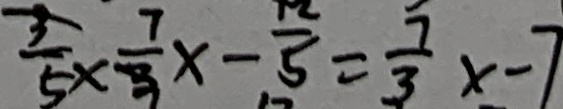
\frac { 3 } { 5 } \times \frac { 7 } { 3 } x - \frac { 1 2 } { 5 } = \frac { 7 } { 3 } x - 7